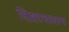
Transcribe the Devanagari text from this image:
दिशाचालन